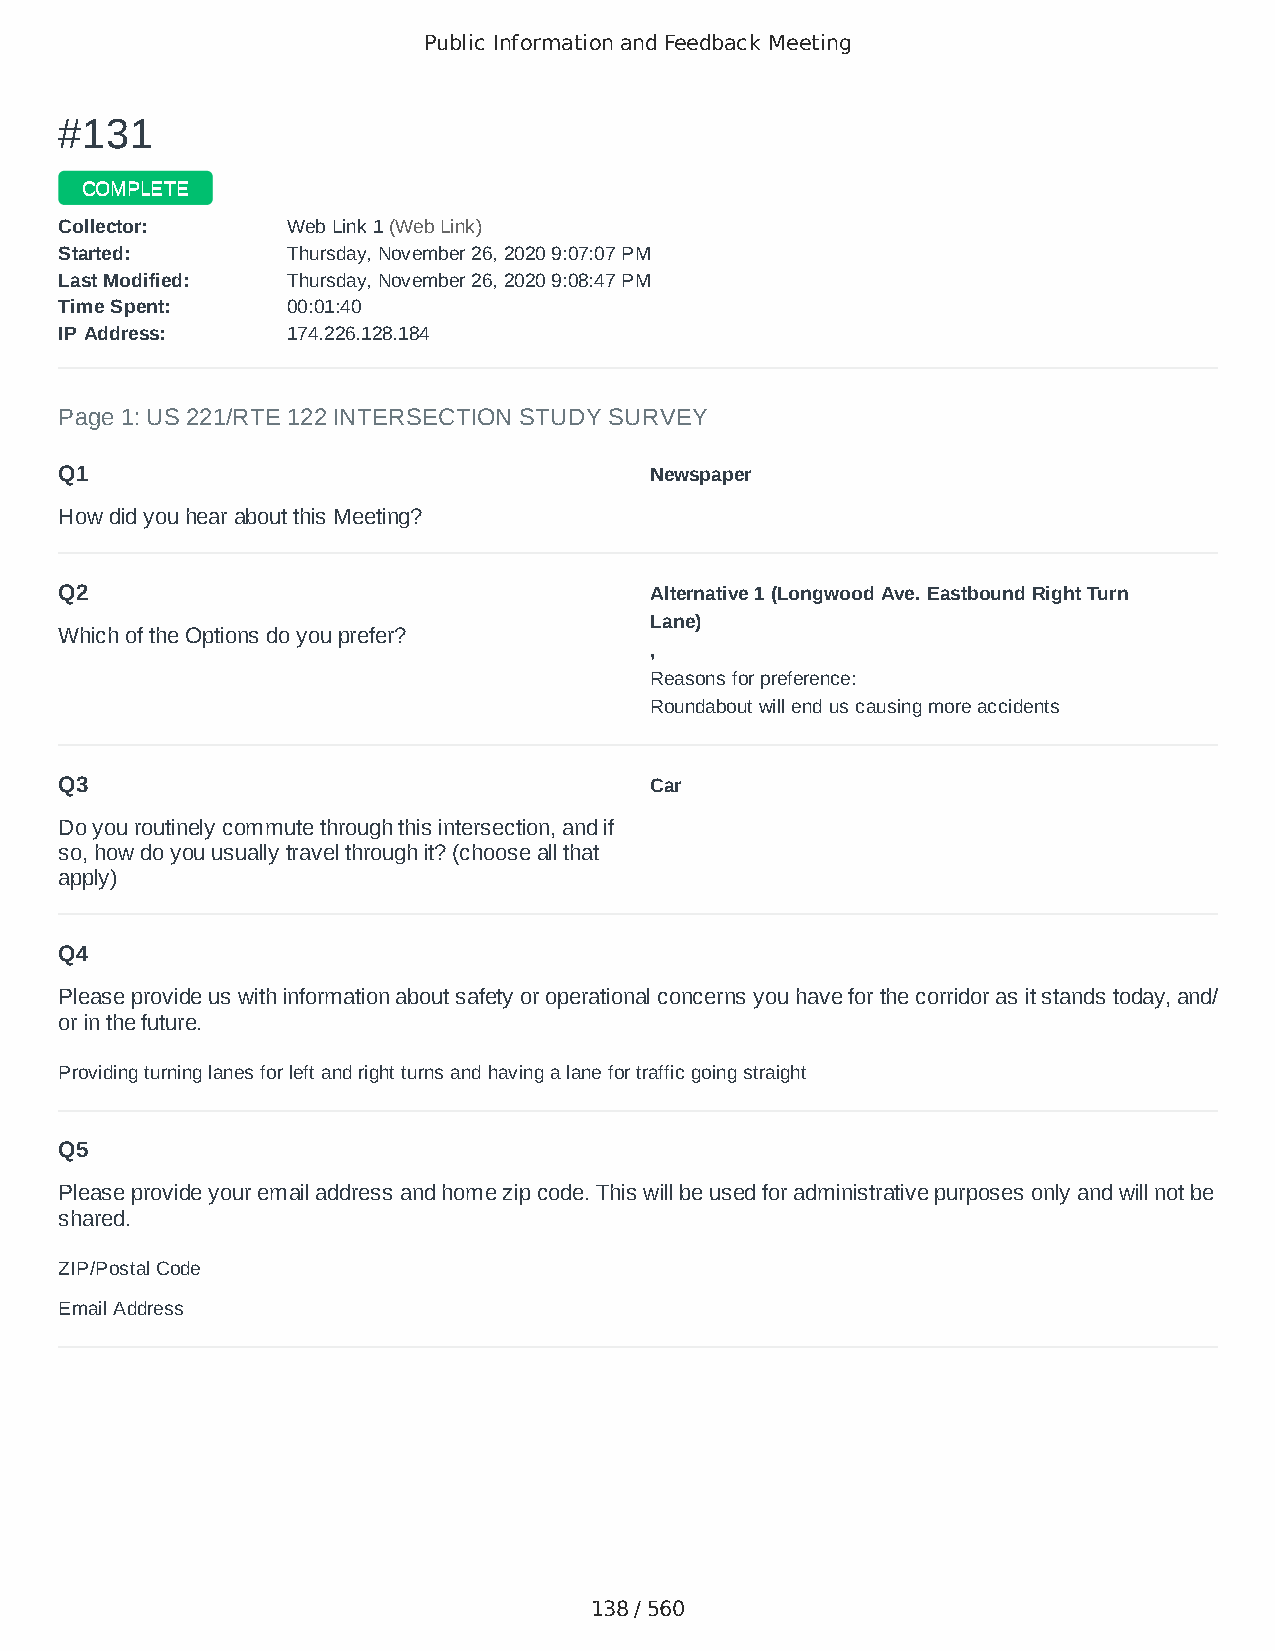
Public Information and Feedback Meeting
 ##113311
 CCOOMMPPLLEETTEE
 CCoolllleeccttoorr:: WWeebb LLiinnkk 11 ((WWeebb LLiinnkk))
 SSttaarrtteedd:: TThhuurrssddaayy,, NNoovveemmbbeerr 2266,, 22002200 99::0077::0077 PPMM
 LLaasstt MMooddiiffiieedd:: TThhuurrssddaayy,, NNoovveemmbbeerr 2266,, 22002200 99::0088::4477 PPMM
 TTiimmee SSppeenntt:: 0000::0011::4400
 IIPP AAddddrreessss:: 117744..222266..112288..118844
 Page 1: US 221/RTE 122 INTERSECTION STUDY SURVEY
 Q1                                     Newspaper
 How did you hear about this Meeting?
 Q2                                     Alternative 1 (Longwood Ave. Eastbound Right Turn
 Lane)
 Which of the Options do you prefer?
 ,
 Reasons for preference:
 Roundabout will end us causing more accidents
 Q3                                     Car
 Do you routinely commute through this intersection, and if
 so, how do you usually travel through it? (choose all that
 apply)
 Q4
 Please provide us with information about safety or operational concerns you have for the corridor as it stands today, and/
 or in the future.
 Providing turning lanes for left and right turns and having a lane for traffic going straight
 Q5
 Please provide your email address and home zip code. This will be used for administrative purposes only and will not be
 shared.
 ZIP/Postal Code                        24526
 Email Address                          jhbranch94@aol.com
 138 / 560